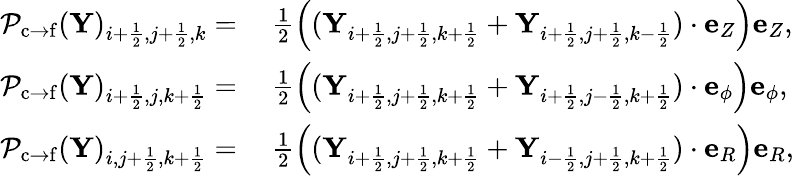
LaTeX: \begin{array}{rl}{{\mathcal{P}}_{\mathrm{c\rightarrow f}}(\mathbf{Y})_{i+\frac{1}{2},j+\frac{1}{2},k}=}&{~\frac{1}{2}\left((\mathbf{Y}_{i+\frac{1}{2},j+\frac{1}{2},k+\frac{1}{2}}+\mathbf{Y}_{i+\frac{1}{2},j+\frac{1}{2},k-\frac{1}{2}})\cdot\mathbf{e}_{Z}\right)\mathbf{e}_{Z},}\\ {{\mathcal{P}}_{\mathrm{c\rightarrow f}}(\mathbf{Y})_{i+\frac{1}{2},j,k+\frac{1}{2}}=}&{~\frac{1}{2}\left((\mathbf{Y}_{i+\frac{1}{2},j+\frac{1}{2},k+\frac{1}{2}}+\mathbf{Y}_{i+\frac{1}{2},j-\frac{1}{2},k+\frac{1}{2}})\cdot\mathbf{e}_{\phi}\right)\mathbf{e}_{\phi},}\\ {{\mathcal{P}}_{\mathrm{c\rightarrow f}}(\mathbf{Y})_{i,j+\frac{1}{2},k+\frac{1}{2}}=}&{~\frac{1}{2}\left((\mathbf{Y}_{i+\frac{1}{2},j+\frac{1}{2},k+\frac{1}{2}}+\mathbf{Y}_{i-\frac{1}{2},j+\frac{1}{2},k+\frac{1}{2}})\cdot\mathbf{e}_{R}\right)\mathbf{e}_{R},}\end{array}